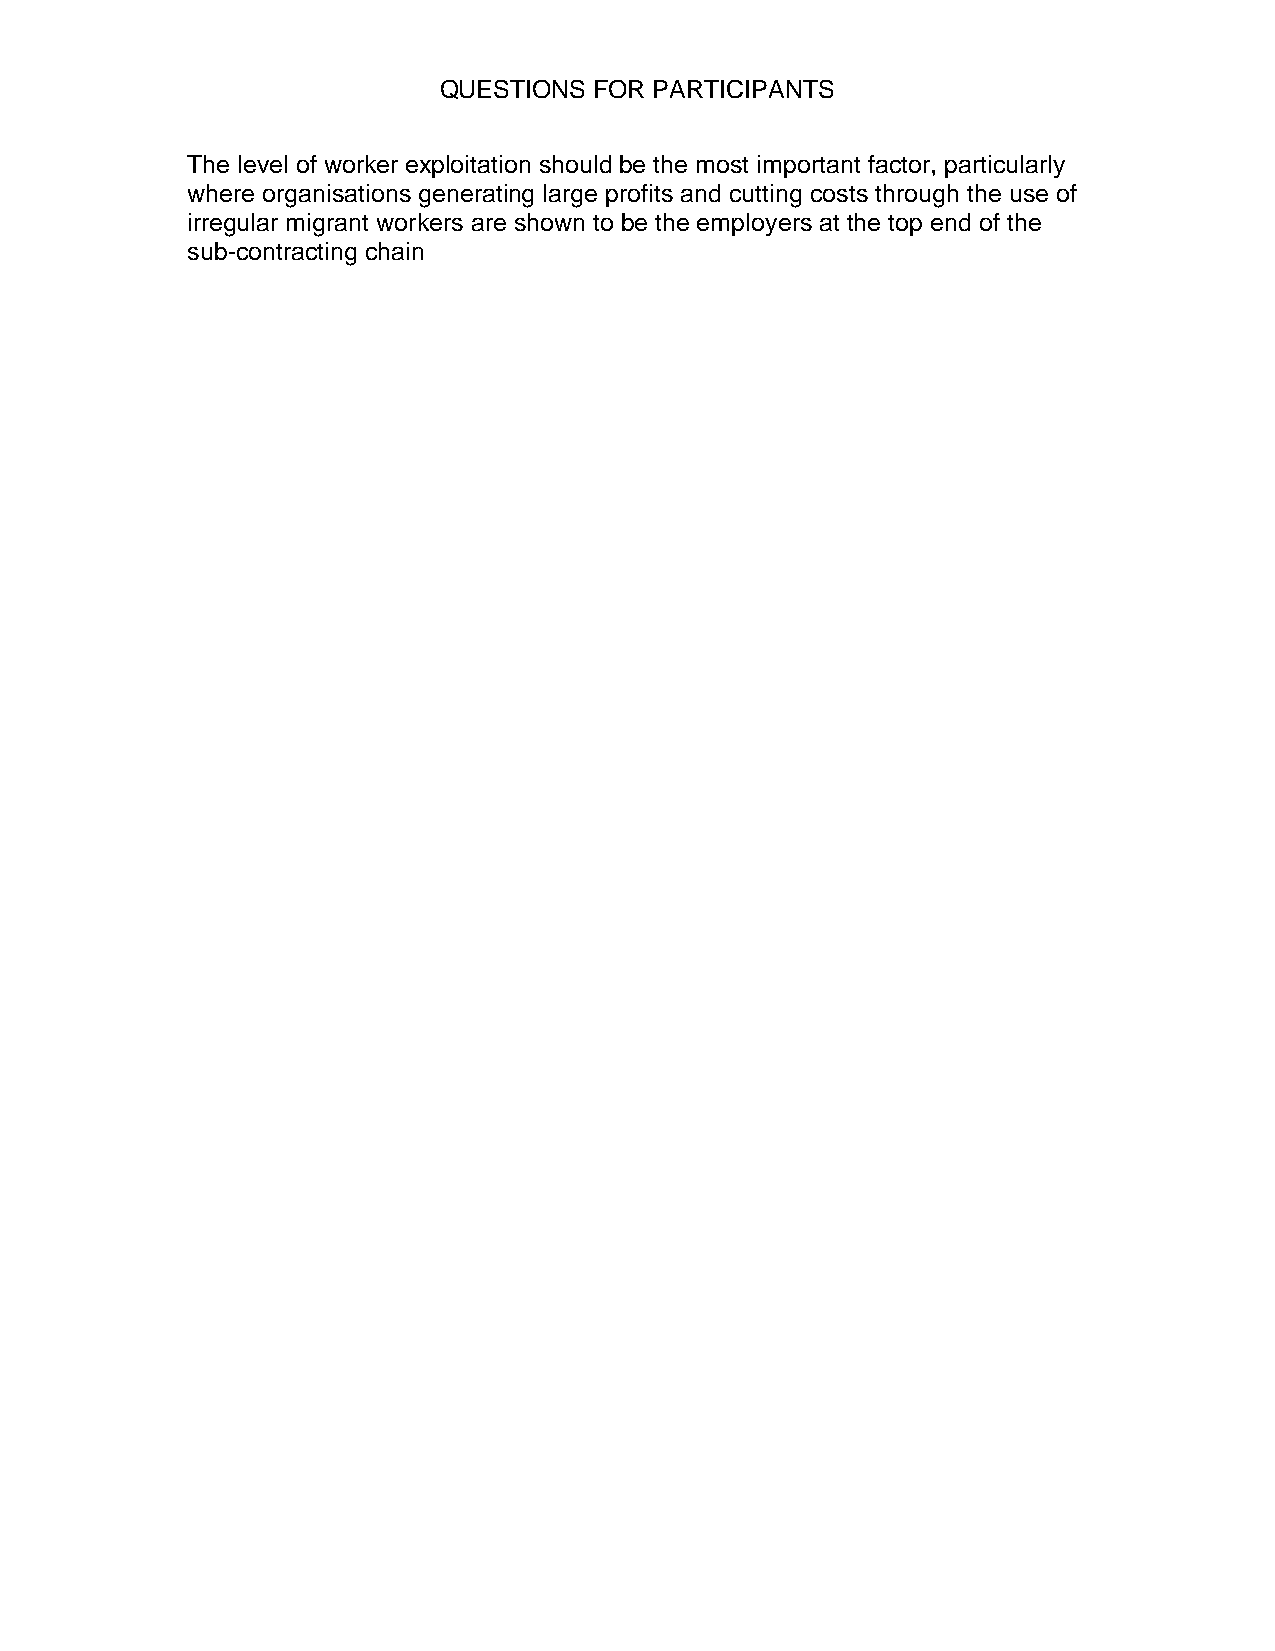
QUESTIONS FOR PARTICIPANTS
 The level of worker exploitation should be the most important factor, particularly
 where organisations generating large profits and cutting costs through the use of
 irregular migrant workers are shown to be the employers at the top end of the
 sub-contracting chain